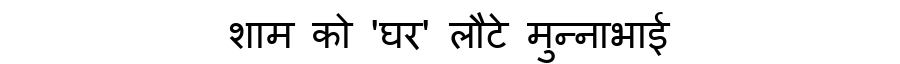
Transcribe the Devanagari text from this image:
शाम को 'घर' लौटे मुन्नाभाई